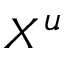
X ^ { u }